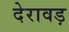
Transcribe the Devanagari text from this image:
देरावड़